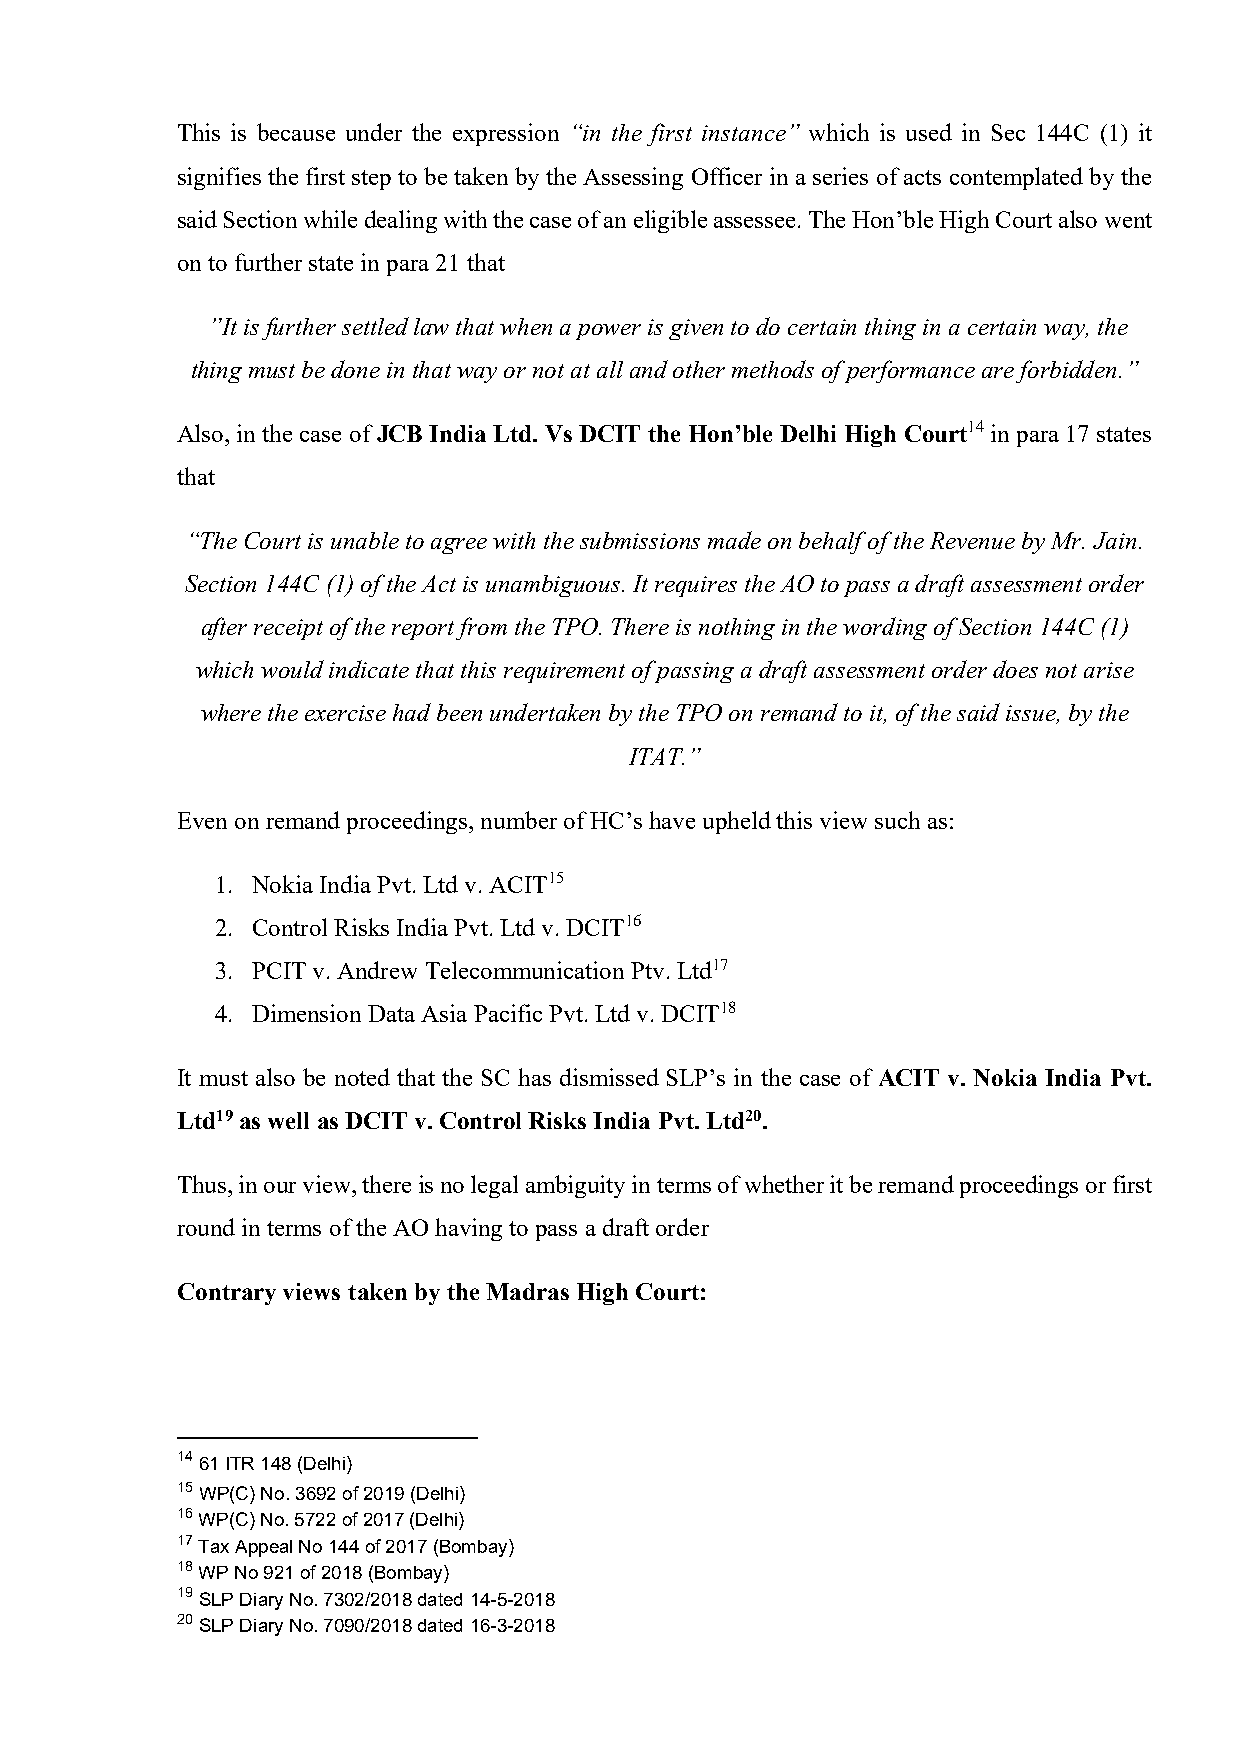
This is because under the expression “in the first instance” which is used in Sec 144C (1) it
 signifies the first step to be taken by the Assessing Officer in a series of acts contemplated by the
 said Section while dealing with the case of an eligible assessee. The Hon’ble High Court also went
 on to further state in para 21 that
 ”It is further settled law that when a power is given to do certain thing in a certain way, the
 thing must be done in that way or not at all and other methods of performance are forbidden.”
 Also, in the case of JCB India Ltd. Vs DCIT the Hon’ble Delhi High Court14 in para 17 states
 that
 “The Court is unable to agree with the submissions made on behalf of the Revenue by Mr. Jain.
 Section 144C (1) of the Act is unambiguous. It requires the AO to pass a draft assessment order
 after receipt of the report from the TPO. There is nothing in the wording of Section 144C (1)
 which would indicate that this requirement of passing a draft assessment order does not arise
 where the exercise had been undertaken by the TPO on remand to it, of the said issue, by the
 ITAT.”
 Even on remand proceedings, number of HC’s have upheld this view such as:
 1. Nokia India Pvt. Ltd v. ACIT15
 2. Control Risks India Pvt. Ltd v. DCIT16
 3. PCIT v. Andrew Telecommunication Ptv. Ltd17
 4. Dimension Data Asia Pacific Pvt. Ltd v. DCIT18
 It must also be noted that the SC has dismissed SLP’s in the case of ACIT v. Nokia India Pvt.
 Ltd19 as well as DCIT v. Control Risks India Pvt. Ltd20.
 Thus, in our view, there is no legal ambiguity in terms of whether it be remand proceedings or first
 round in terms of the AO having to pass a draft order
 Contrary views taken by the Madras High Court:
 14 61 ITR 148 (Delhi)
 15 WP(C) No. 3692 of 2019 (Delhi)
 16 WP(C) No. 5722 of 2017 (Delhi)
 17 Tax Appeal No 144 of 2017 (Bombay)
 18 WP No 921 of 2018 (Bombay)
 19 SLP Diary No. 7302/2018 dated 14-5-2018
 20 SLP Diary No. 7090/2018 dated 16-3-2018